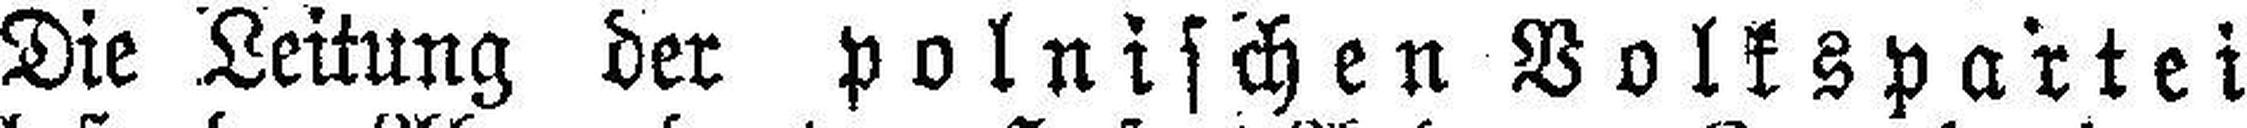
Die Leitung der polnischen Volkspartei